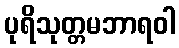
ပုရိသုတ္တမဘာရဝါ